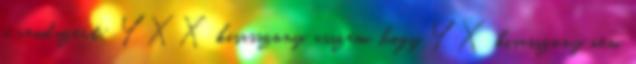
a rendszert: YXX kisasszony, asszem, hogy YX kisasszony nem